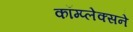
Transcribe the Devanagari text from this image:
कॉम्प्लेक्सने